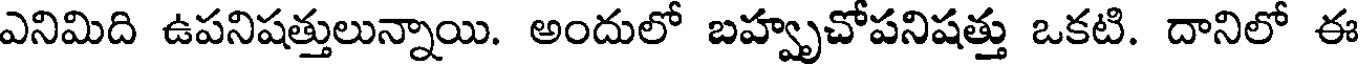
ఎనిమిది ఉపనిషత్తులున్నాయి. అందులో బహ్వృచోపనిషత్తు ఒకటి. దానిలో ఈ